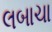
લબાચા